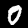
Label: 0